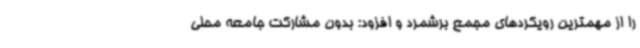
را از مهمترین رویکردهای مجمع برشمرد و افزود: بدون مشارکت جامعه محلی